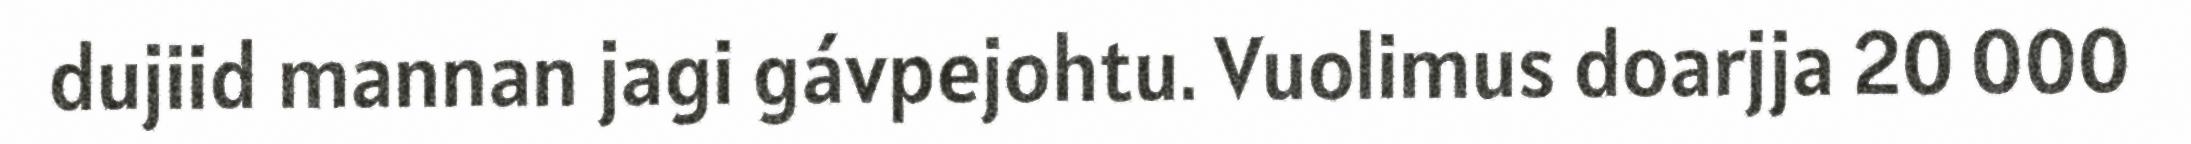
dujiid mannan jagi gávpejohtu. Vuolimus doarjja 20 000